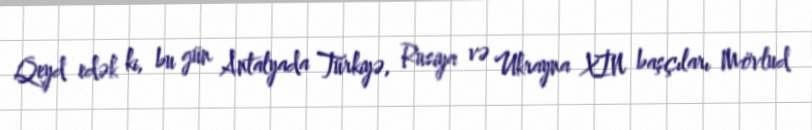
Qeyd edək ki, bu gün Antalyada Türkiyə, Rusiya və Ukrayna XİN başçıları Mövlud